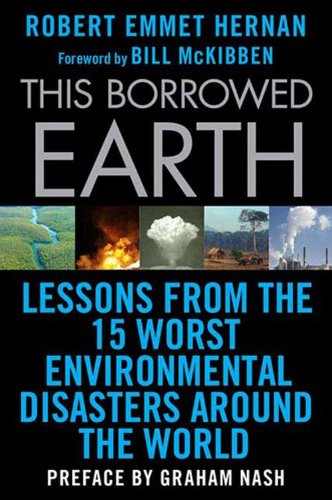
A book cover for This Borrowed Earth: Lessons from the Fifteen Worst Environmental Disasters around the World (MacSci); Robert Emmet Hernan; Science & Math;